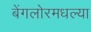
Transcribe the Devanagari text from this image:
बेंगलोरमधल्या